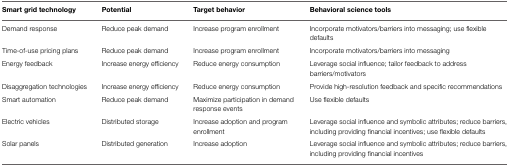
| Smart grid technology | Potential | Target behavior | Behavioral science tools |
 | --- | --- | --- | --- |
 | Demand response | Reduce peak demand | Increase program enrollment | Incorporate motivators/barriers into messaging; use flexible defaults |
 | Time-of-use pricing plans | Reduce peak demand | Increase program enrollment | Incorporate motivators/barriers into messaging |
 | Energy feedback | Increase energy efficiency | Reduce energy consumption | Leverage social influence; tailor feedback to address barriers/motivators |
 | Disaggregation technologies | Increase energy efficiency | Reduce energy consumption | Provide high-resolution feedback and specific recommendations |
 | Smart automation | Reduce peak demand | Maximize participation in demand response events | Use flexible defaults |
 | Electric vehicles | Distributed storage | Increase adoption and program enrollment | Leverage social influence and symbolic attributes; reduce barriers, including providing financial incentives; use flexible defaults |
 | Solar panels | Distributed generation | Increase adoption | Leverage social influence and symbolic attributes; reduce barriers, including providing financial incentives |